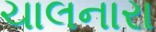
ચાલનારા